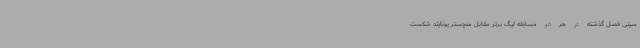
سیتی فصل گذشته در هر دو مسابقه لیگ برتر مقابل منچستر یونایتد شکست